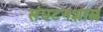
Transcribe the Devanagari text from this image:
संघटनशास्त्र